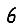
Digit: 6